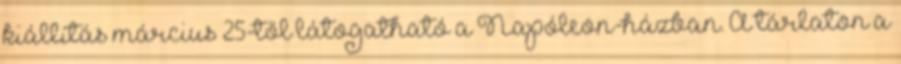
kiállítás március 25-től látogatható a Napóleon-házban. A tárlaton a